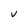
Character: V